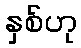
နှစ်ဟု